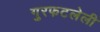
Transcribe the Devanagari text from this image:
गुरफटलेली